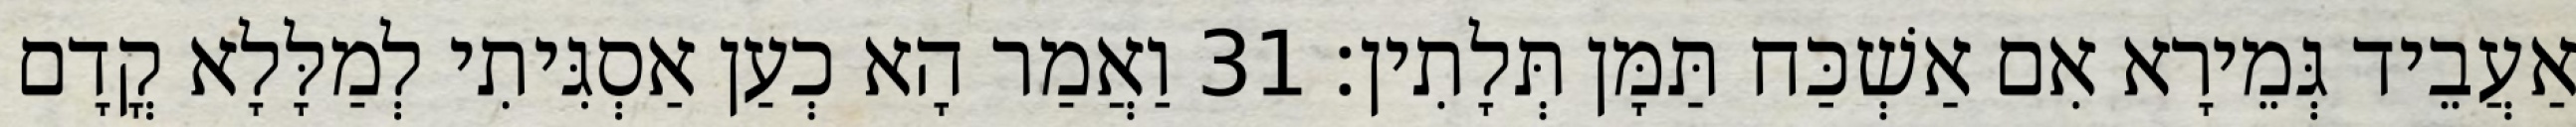
אַעֲבֵיד גְּמֵירָא אִם אַשְׁכַּח תַּמָּן תְּלָתִין׃ 31 וַאֲמַר הָא כְעַן אַסְגִּיתִי לְמַלָּלָא קֳדָם